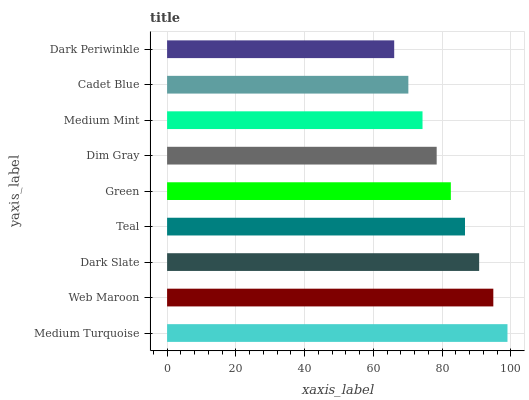
| yaxis_label | bars |
 | --- | --- |
 | Medium Turquoise | 99 |
 | Web Maroon | 94.9 |
 | Dark Slate | 90.8 |
 | Teal | 86.6 |
 | Green | 82.5 |
 | Dim Gray | 78.4 |
 | Medium Mint | 74.3 |
 | Cadet Blue | 70.2 |
 | Dark Periwinkle | 66.1 |